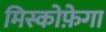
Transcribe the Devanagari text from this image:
मिस्कोफ़ेगा